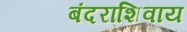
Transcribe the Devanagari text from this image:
बंदराशिवाय